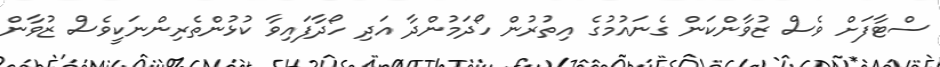
ސްޓާފަށް ވެސް ޒުވާންކަން ގެނައުމުގެ އިތުރުން ހޯދަމުންދާ އަދި ހޯދާފައިވާ ކުޅުންތެރިންނަކީވެސް ޒުވާން